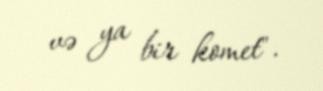
və ya bir komet".